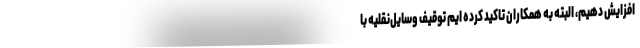
افزایش دهیم، البته به همکاران تاکید کرده ایم توقیف وسایل‌نقلیه با